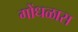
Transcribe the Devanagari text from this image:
गोंधळास